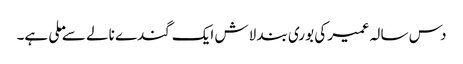
دس سالہ عمیر کی بوری بند لاش ایک گندے نالے سے ملی ہے۔